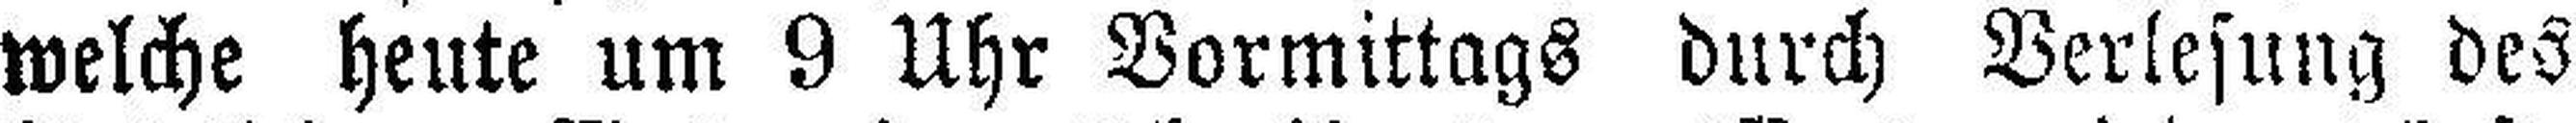
welche heute um 9 Uhr Vormittags durch Verlesung des